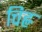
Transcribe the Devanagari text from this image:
चिह्ण